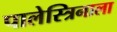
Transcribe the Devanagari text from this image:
पालेस्त्रिनाला